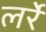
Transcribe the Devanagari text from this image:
लर्रे